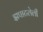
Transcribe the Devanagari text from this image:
झपाटलेली